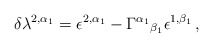
\begin{align*}\delta\lambda^{2,\alpha_{1}} = \epsilon^{2,\alpha_{1}}-\Gamma^{\alpha_{1}}{}_{\beta_{1}}\epsilon^{1,\beta_{1}}\, ,\end{align*}